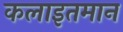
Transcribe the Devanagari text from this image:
कलाइतमान